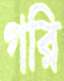
গরি